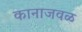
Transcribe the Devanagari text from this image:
कानाजवळ